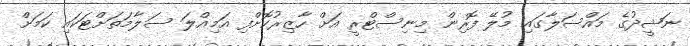
ނަޝީދުގެ މައްސަލާގައި މުލޭ ފޮރިން މިނިސްޓްރީ އަށް ހާޒިރުކޮށްފި އަމިއްލަ ސަލާމަތަށްޓަކައި ކަމަށް